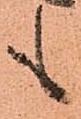
も